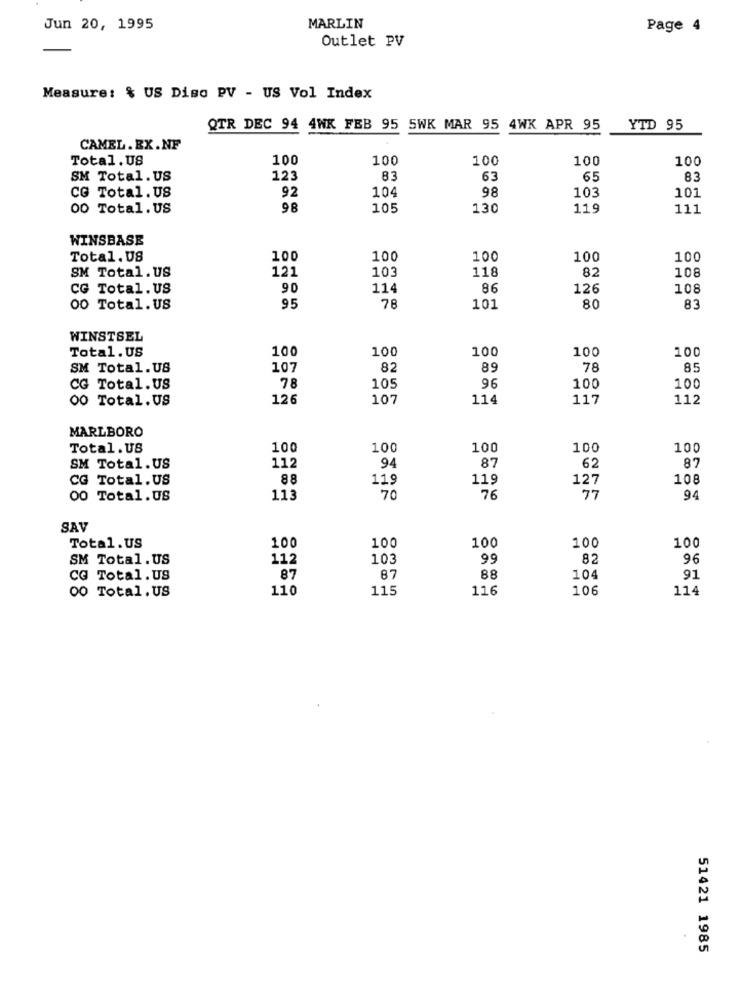
Jun 20, 1995
MARLIN
Page 4
Outlet PV
Measure: % US Diso PV - US Vol Index
QTR DEC 94 4WK FEB 95 5WK MAR 95 4WK APR 95
YTD 95
CAMEL.EX.NF
Total. US
100
100
100
100
100
SM Total. US
123
83
63
65
83
CG Total. US
92
104
98
103
101
00 Total. US
98
105
130
119
111
WINSBASE
Total.08
100
100
100
100
100
121
103
118
SM Total. US
82
108
CG Total. US
90
114
86
126
108
95
78
00 Total. US
101
80
83
WINSTSEL
Total.US
100
100
100
100
100
SM Total.US
107
82
89
78
85
78
CG Total.US
105
96
100
100
00 Total.US
126
107
114
117
112
MARLBORO
Total. US
100
100
100
100
100
112
94
87
62
87
SM Total.US
CG Total.US
88
119
119
127
108
00 Total.US
113
70
76
77
94
SAV
100
100
100
100
100
Total.US
SM Total. US
112
103
99
82
96
88
CG Total. US
87
87
104
91
00 Total. US
110
115
116
106
114
51421 1985